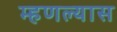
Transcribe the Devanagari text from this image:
म्हणल्यास